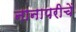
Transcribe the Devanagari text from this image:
नानापरीचें